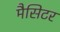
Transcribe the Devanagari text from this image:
मैसिटर